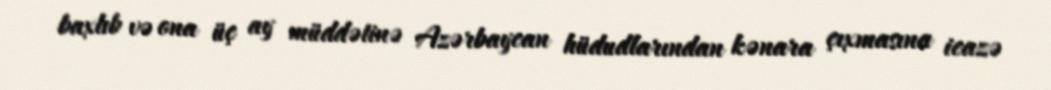
baxlıb və ona üç ay müddətinə Azərbaycan hüdudlarından kənara çıxmasına icazə